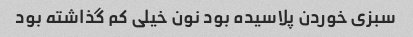
سبزی خوردن پلاسیده بود نون خیلی کم گذاشته بود